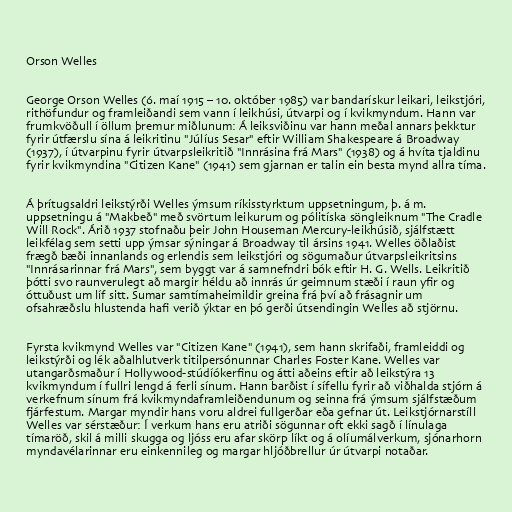
Orson Welles

George Orson Welles (6. maí 1915 – 10. október 1985) var bandarískur leikari, leikstjóri,
rithöfundur og framleiðandi sem vann í leikhúsi, útvarpi og í kvikmyndum. Hann var
frumkvöðull í öllum þremur miðlunum: Á leiksviðinu var hann meðal annars þekktur
fyrir útfærslu sína á leikritinu "Júlíus Sesar" eftir William Shakespeare á Broadway
(1937), í útvarpinu fyrir útvarpsleikritið "Innrásina frá Mars" (1938) og á hvíta tjaldinu
fyrir kvikmyndina "Citizen Kane" (1941) sem gjarnan er talin ein besta mynd allra tíma.

Á þrítugsaldri leikstýrði Welles ýmsum ríkisstyrktum uppsetningum, þ. á m.
uppsetningu á "Makbeð" með svörtum leikurum og pólitíska söngleiknum "The Cradle
Will Rock". Árið 1937 stofnaðu þeir John Houseman Mercury-leikhúsið, sjálfstætt
leikfélag sem setti upp ýmsar sýningar á Broadway til ársins 1941. Welles öðlaðist
frægð bæði innanlands og erlendis sem leikstjóri og sögumaður útvarpsleikritsins
"Innrásarinnar frá Mars", sem byggt var á samnefndri bók eftir H. G. Wells. Leikritið
þótti svo raunverulegt að margir héldu að innrás úr geimnum stæði í raun yfir og
óttuðust um líf sitt. Sumar samtímaheimildir greina frá því að frásagnir um
ofsahræðslu hlustenda hafi verið ýktar en þó gerði útsendingin Welles að stjörnu.

Fyrsta kvikmynd Welles var "Citizen Kane" (1941), sem hann skrifaði, framleiddi og
leikstýrði og lék aðalhlutverk titilpersónunnar Charles Foster Kane. Welles var
utangarðsmaður í Hollywood-stúdíókerfinu og átti aðeins eftir að leikstýra 13
kvikmyndum í fullri lengd á ferli sínum. Hann barðist í sífellu fyrir að viðhalda stjórn á
verkefnum sínum frá kvikmyndaframleiðendunum og seinna frá ýmsum sjálfstæðum
fjárfestum. Margar myndir hans voru aldrei fullgerðar eða gefnar út. Leikstjórnarstíll
Welles var sérstæður: Í verkum hans eru atriði sögunnar oft ekki sagð í línulaga
tímaröð, skil á milli skugga og ljóss eru afar skörp líkt og á olíumálverkum, sjónarhorn
myndavélarinnar eru einkennileg og margar hljóðbrellur úr útvarpi notaðar.